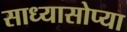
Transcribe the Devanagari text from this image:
साध्यासोप्या